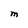
Character: M